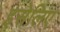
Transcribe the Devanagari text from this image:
इसेलिए